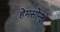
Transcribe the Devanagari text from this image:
हेमसोन्द्रो